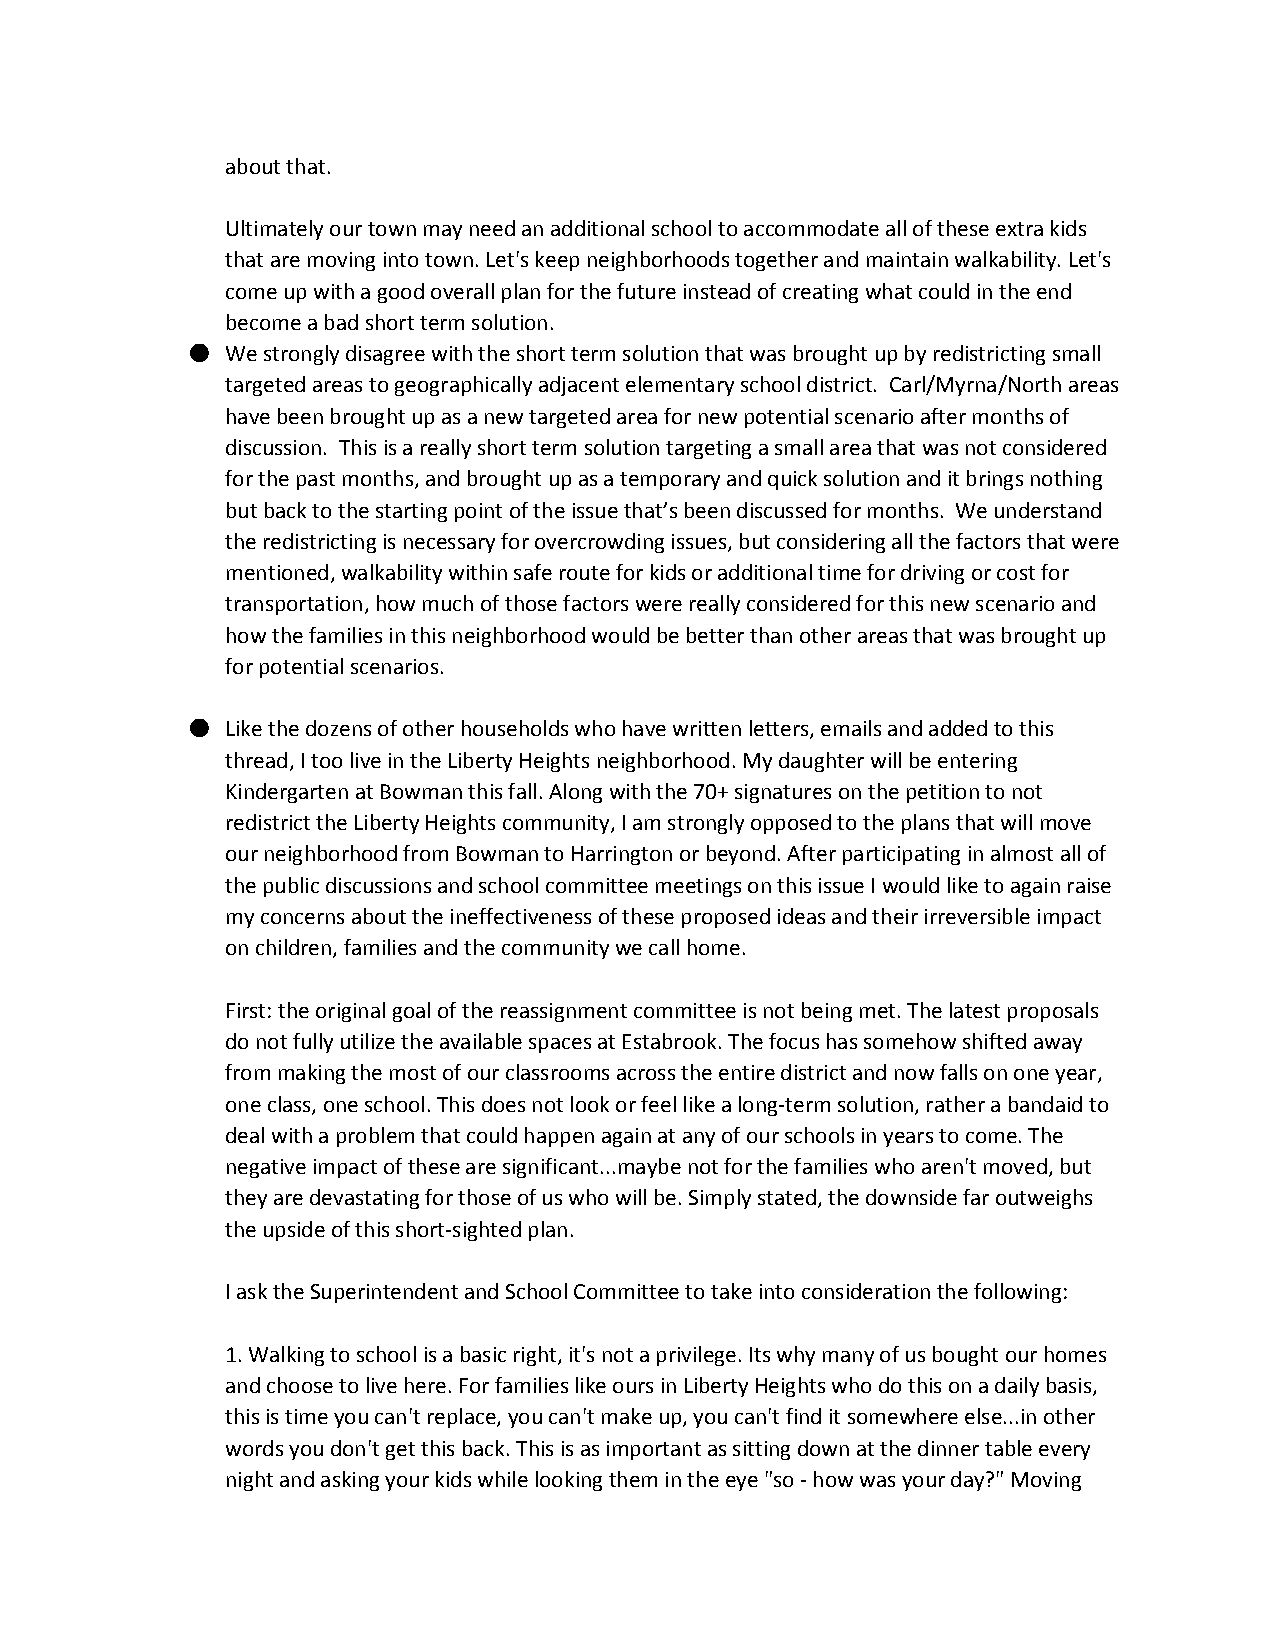
about that.
 Ultimately our town may need an additional school to accommodate all of these extra kids
 that are moving into town. Let's keep neighborhoods together and maintain walkability. Let's
 come up with a good overall plan for the future instead of creating what could in the end
 become a bad short term solution.
 ●  We strongly disagree with the short term solution that was brought up by redistricting small
 targeted areas to geographically adjacent elementary school district. Carl/Myrna/North areas
 have been brought up as a new targeted area for new potential scenario after months of
 discussion. This is a really short term solution targeting a small area that was not considered
 for the past months, and brought up as a temporary and quick solution and it brings nothing
 but back to the starting point of the issue that’s been discussed for months. We understand
 the redistricting is necessary for overcrowding issues, but considering all the factors that were
 mentioned, walkability within safe route for kids or additional time for driving or cost for
 transportation, how much of those factors were really considered for this new scenario and
 how the families in this neighborhood would be better than other areas that was brought up
 for potential scenarios.
 ●  Like the dozens of other households who have written letters, emails and added to this
 thread, I too live in the Liberty Heights neighborhood. My daughter will be entering
 Kindergarten at Bowman this fall. Along with the 70+ signatures on the petition to not
 redistrict the Liberty Heights community, I am strongly opposed to the plans that will move
 our neighborhood from Bowman to Harrington or beyond. After participating in almost all of
 the public discussions and school committee meetings on this issue I would like to again raise
 my concerns about the ineffectiveness of these proposed ideas and their irreversible impact
 on children, families and the community we call home.
 First: the original goal of the reassignment committee is not being met. The latest proposals
 do not fully utilize the available spaces at Estabrook. The focus has somehow shifted away
 from making the most of our classrooms across the entire district and now falls on one year,
 one class, one school. This does not look or feel like a long­term solution, rather a bandaid to
 deal with a problem that could happen again at any of our schools in years to come. The
 negative impact of these are significant...maybe not for the families who aren't moved, but
 they are devastating for those of us who will be. Simply stated, the downside far outweighs
 the upside of this short­sighted plan.
 I ask the Superintendent and School Committee to take into consideration the following:
 1. Walking to school is a basic right, it's not a privilege. Its why many of us bought our homes
 and choose to live here. For families like ours in Liberty Heights who do this on a daily basis,
 this is time you can't replace, you can't make up, you can't find it somewhere else...in other
 words you don't get this back. This is as important as sitting down at the dinner table every
 night and asking your kids while looking them in the eye "so ­ how was your day?" Moving